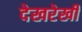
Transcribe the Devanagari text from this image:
देखरेखी